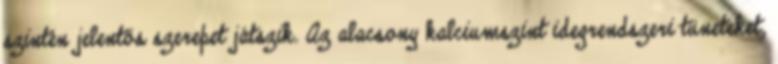
szintén jelentős szerepet játszik. Az alacsony kalciumszint idegrendszeri tüneteket,